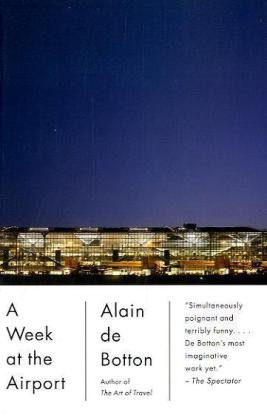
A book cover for A Week at the Airport; Alain De Botton; Travel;